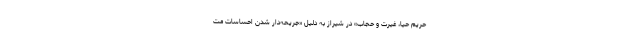
حریم حیا، غیرت و حجاب» در شیراز به دلیل «جریحه‌دار شدن احساسات مت